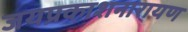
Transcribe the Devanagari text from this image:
जयप्रकाशनारायण